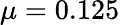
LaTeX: \mu=0.125